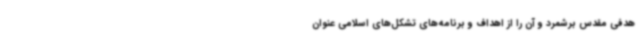
هدفی مقدس برشمرد و آن را از اهداف و برنامه‌های تشکل‌های اسلامی عنوان